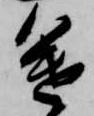
途